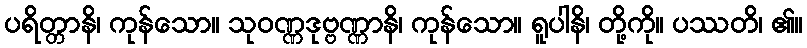
ပရိတ္တာနိ၊ ကုန်သော။ သုဝဏ္ဏဒုဗ္ဗဏ္ဏာနိ၊ ကုန်သော။ ရူပါနိ၊ တို့ကို။ ပဿတိ၊ ၏။